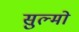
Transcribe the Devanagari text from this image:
सुल्मो